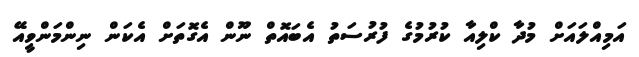
އަމިއްލައަށް މުދާ ކްލިއާ ކުރުމުގެ ފުރުސަތު އެބައޮތް ނޫން އެގޮތަށް އެކަން ނިންމަންވީއޭ